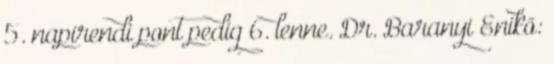
5. napirendi pont pedig 6. lenne. Dr. Baranyi Enikő: